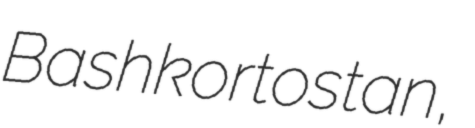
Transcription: Bashkortostan,